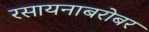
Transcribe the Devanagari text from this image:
रसायनाबरोबर